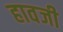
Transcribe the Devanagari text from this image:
हावजी